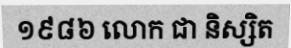
១៩៨៦ លោក ជា និស្សិត